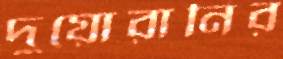
দুয়োরানির